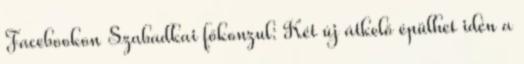
Facebookon Szabadkai főkonzul: Két új átkelő épülhet idén a